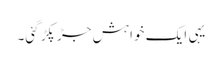
یہی ایک خواہش جڑ پکڑ گئی۔